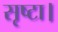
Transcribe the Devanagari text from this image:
सृष्टा।